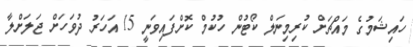
ހައިޝަމުގެ މައްޗަށް ކުރިމިނަލް ކޯޓުން ހުކުމް ކޮށްފައިވަނީ 15 އަހަރު ދުވަހަށް ޖަލަށްލާ